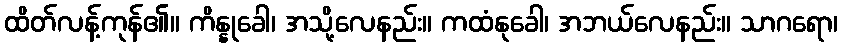
ထိတ်လန့်ကုန်၏။ ကိန္နုခေါ၊ အသို့လေနည်း။ ကထံနုခေါ၊ အဘယ်လေနည်း။ သာဂရော၊